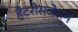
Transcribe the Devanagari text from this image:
हैटरोसजेशन